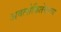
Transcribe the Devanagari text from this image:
अवलोकितेश्वराय